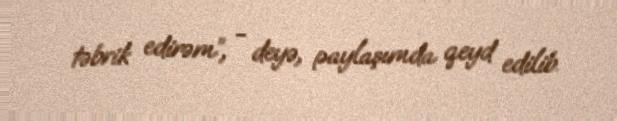
təbrik edirəm”, - deyə, paylaşımda qeyd edilib.